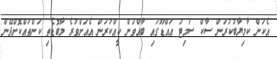
އެކަން ކާމިޔާބުކުރަން ސާކް ސަމިޓު އައްޑޫގައި ބާއްވަން ކީއްކުރަން އެއަށްވުރެ މާބޮޑެތި ކަންތައްކޮށްދޭން